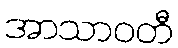
အာသာဝတီ